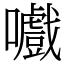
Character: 嚱